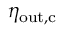
\eta _ { \mathrm { o u t , c } }